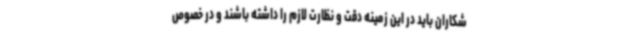
شکاران باید در این زمینه دقت و نظارت لازم را داشته باشند و در خصوص